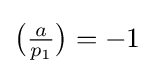
{\big (}{\tfrac {a}{p_{1}}}{\big )}=-1